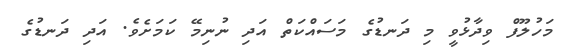
މަހުލޫފް ވިދާޅުވީ މި ދަނޑުގެ މަސައްކަތް އަދި ނުނިމޭ ކަމަށެވެ. އަދި ދަނޑުގެ